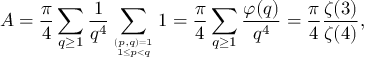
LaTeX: A = { \frac { \pi } { 4 } } \sum _ { q \geq 1 } { \frac { 1 } { q ^ { 4 } } } \sum _ { ( p , q ) = 1 \atop 1 \leq p < q } 1 = { \frac { \pi } { 4 } } \sum _ { q \geq 1 } { \frac { \varphi ( q ) } { q ^ { 4 } } } = { \frac { \pi } { 4 } } { \frac { \zeta ( 3 ) } { \zeta ( 4 ) } } ,